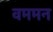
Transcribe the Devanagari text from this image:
वममन